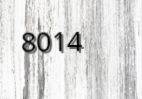
8014